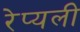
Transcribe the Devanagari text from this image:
रेप्यली